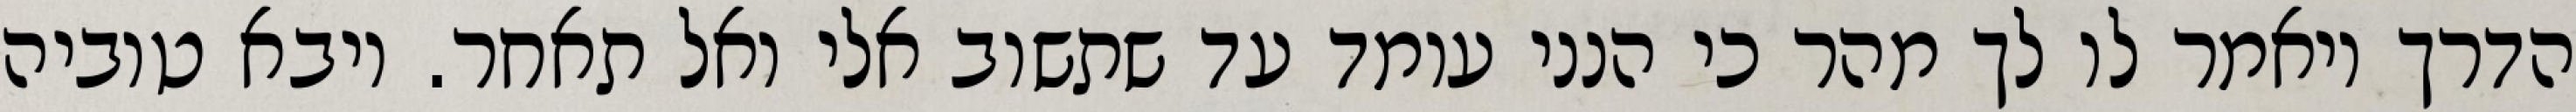
הדרך ויאמר לו לך מהר כי הנני עומד עד שתשוב אלי ואל תאחר. ויבא טוביה